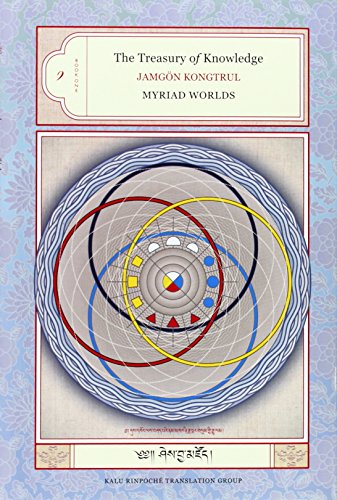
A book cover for Myriad Worlds (The Treasury of Knowledge, Book 1); Jamgon Kongtrul Lodro Taye; Religion & Spirituality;